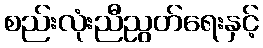
စည်းလုံးညီညွတ်ရေးနှင့်